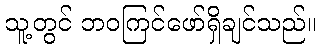
သူ့တွင် ဘဝကြင်ဖော်ရှိချင်သည်။